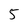
Character: 5